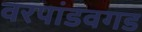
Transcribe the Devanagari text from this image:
वरपांडवगड